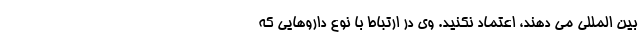
بین المللی می دهند، اعتماد نکنید. وی در ارتباط با نوع داروهایی که